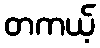
တကယ့်